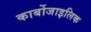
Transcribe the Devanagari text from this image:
कार्बोजाइलिक